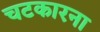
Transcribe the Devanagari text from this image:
चटकारना